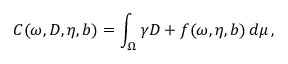
C ( \omega , D , \eta , b ) = \int _ { \Omega } \gamma D + f ( \omega , \eta , b ) \, d \mu \, ,